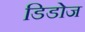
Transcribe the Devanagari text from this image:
डिडोज